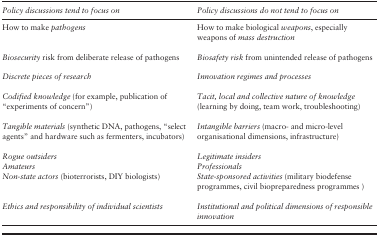
| Policy discussions tend to focus on | Policy discussions do not tend to focus on |
 | --- | --- |
 | How to make pathogens | How to make biological weapons, especially weapons of mass destruction |
 |  |  |
 | Biosecurity risk from deliberate release of pathogens | Biosafety risk from unintended release of pathogens |
 |  |  |
 | Discrete pieces of research | Innovation regimes and processes |
 |  |  |
 | Codified knowledge (for example, publication of “experiments of concern”) | Tacit, local and collective nature of knowledge (learning by doing, team work, troubleshooting) |
 |  |  |
 | Tangible materials (synthetic DNA, pathogens, “select agents” and hardware such as fermenters, incubators) | Intangible barriers (macro- and micro-level organisational dimensions, infrastructure) |
 |  |  |
 | Rogue outsiders | Legitimate insiders |
 | Amateurs | Professionals |
 | Non-state actors (bioterrorists, DIY biologists) | State-sponsored activities (military biodefense programmes, civil biopreparedness programmes ) |
 |  |  |
 | Ethics and responsibility of individual scientists | Institutional and political dimensions of responsible innovation |